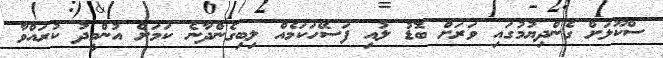
ސްކޫލަށް ގެންދިޔުމުގައި ވަރަށް ބޮޑު ލުއި ފަސޭހަކަމެއް ލިބިގެންދާނެ ކަމަށް އުންމީދު ކުރައްވާ